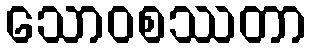
သောဝစဿတာ